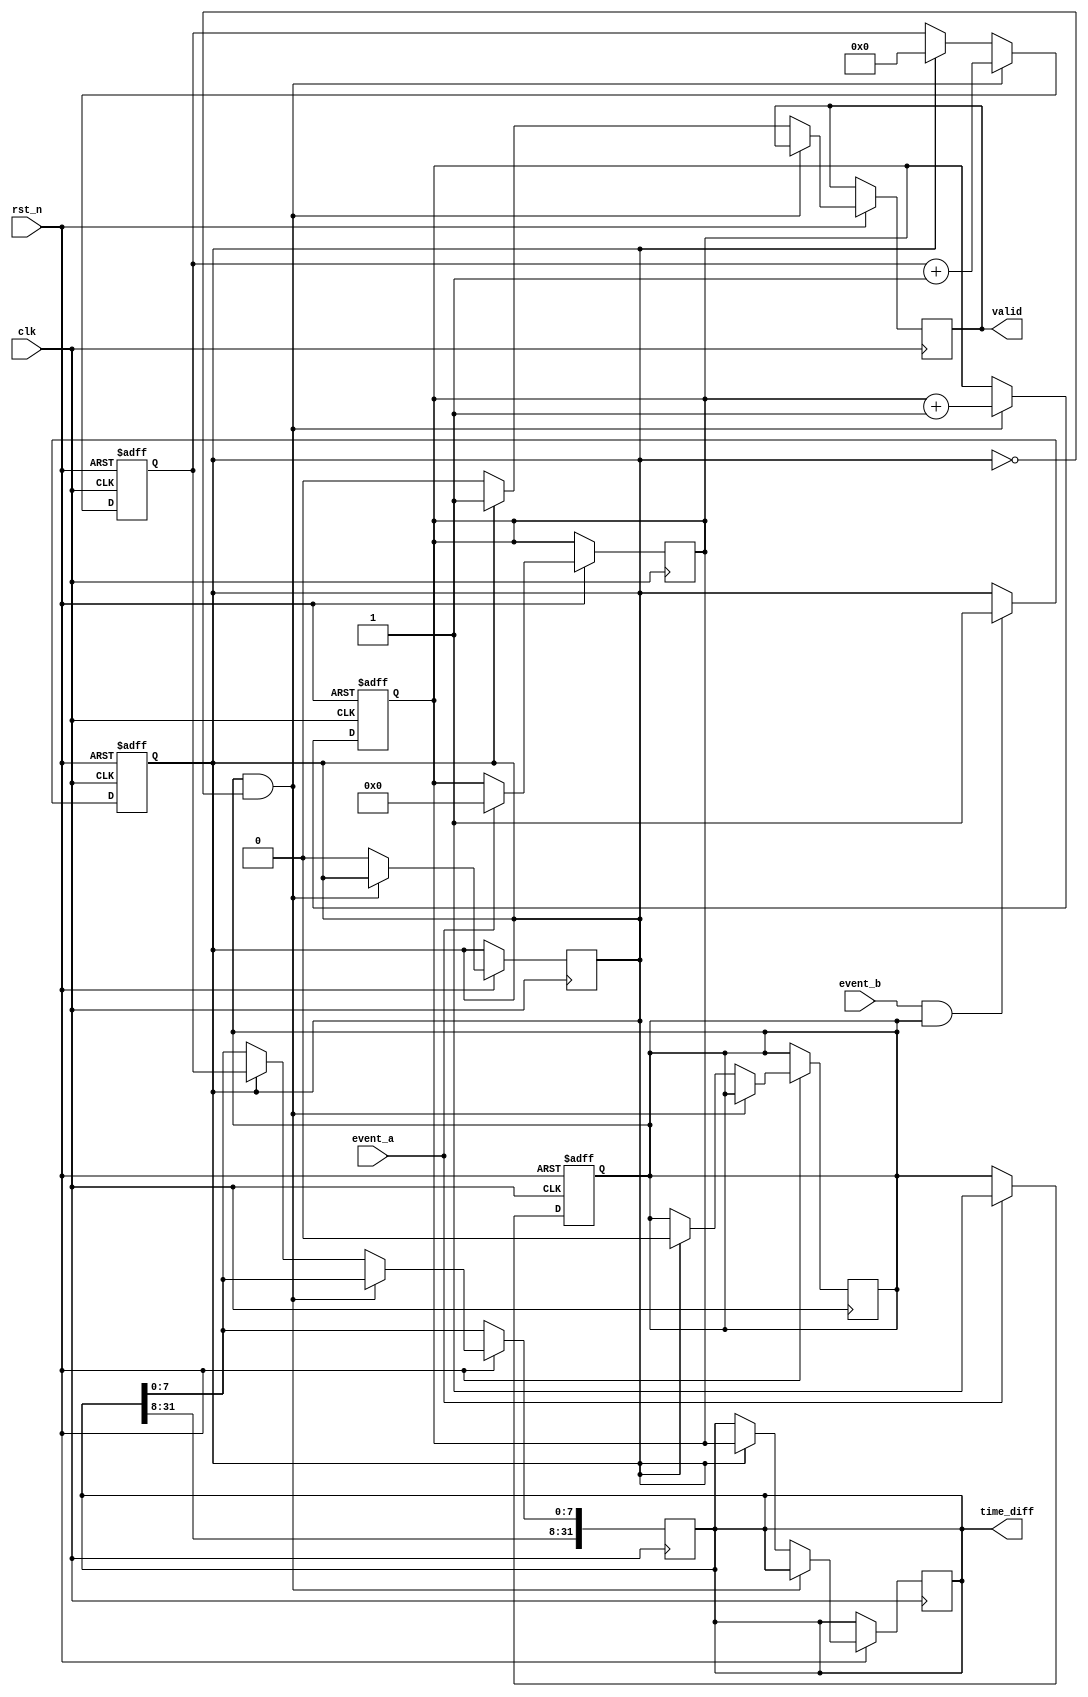
module TDC (
    input wire clk,                // High-frequency clock
    input wire rst_n,              // Active low reset
    input wire event_a,            // Input signal A
    input wire event_b,            // Input signal B
    output reg [31:0] time_diff,   // Output time difference
    output reg valid               // Output valid signal
);

// Parameters
parameter COARSE_MAX = 32'hFFFFFFFF; // Max value for coarse counter
parameter FINE_RESOLUTION_BITS = 8;   // Number of bits for fine resolution

// Internal signals
reg [31:0] coarse_counter;          // Coarse counter for clock cycles
reg [FINE_RESOLUTION_BITS-1:0] fine_counter; // Fine resolution counter
reg event_a_detected;               // Event A detection flag
reg event_b_detected;               // Event B detection flag

// Event detection
always @(posedge clk or negedge rst_n) begin
    if (!rst_n) begin
        event_a_detected <= 1'b0;
        event_b_detected <= 1'b0;
    end else begin
        if (event_a) begin
            event_a_detected <= 1'b1;
            coarse_counter <= 32'b0; // Reset coarse counter on event A
        end
        if (event_b && event_a_detected) begin
            event_b_detected <= 1'b1;
        end
    end
end

// Coarse counter increment
always @(posedge clk or negedge rst_n) begin
    if (!rst_n) begin
        coarse_counter <= 32'b0;
    end else if (event_a_detected && !event_b_detected) begin
        coarse_counter <= coarse_counter + 1'b1; // Increment on event A
    end else if (event_b_detected) begin
        event_a_detected <= 1'b0; // Reset event A flag after event B
        event_b_detected <= 1'b0; // Reset event B flag
        time_diff <= coarse_counter; // Capture coarse time difference
        valid <= 1'b1; // Indicate valid output
    end else begin
        valid <= 1'b0; // Reset valid signal
    end
end

// Fine resolution mechanism (simple example)
always @(posedge clk or negedge rst_n) begin
    if (!rst_n) begin
        fine_counter <= 0;
    end else if (event_a_detected && !event_b_detected) begin
        fine_counter <= fine_counter + 1'b1; // Increment fine counter on event A
    end else if (event_b_detected) begin
        time_diff <= {time_diff[31:FINE_RESOLUTION_BITS], fine_counter}; // Combine coarse and fine
        fine_counter <= 0; // Reset fine counter
    end
end

endmodule